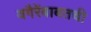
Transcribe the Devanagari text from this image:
वगैरेंबाबतची